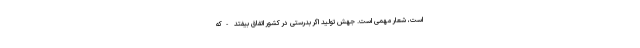
است، شعار مهمّی است. جهش تولید اگر بدرستی در کشور اتّفاق بیفتد -که